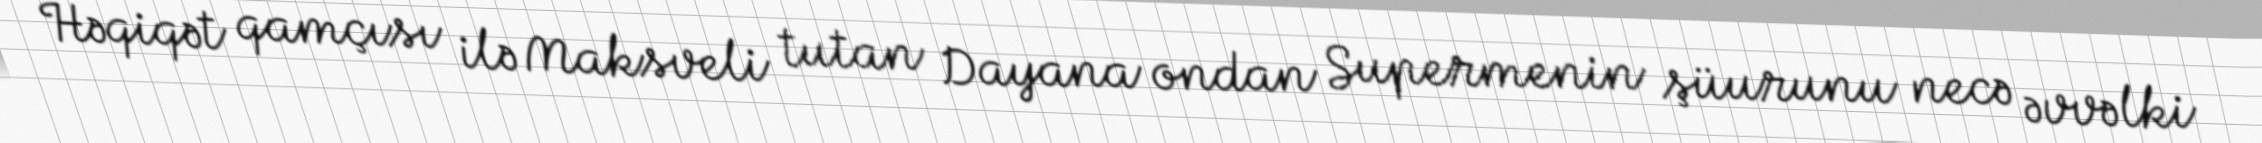
Həqiqət qamçısı ilə Maksveli tutan Dayana ondan Supermenin şüurunu necə əvvəlki